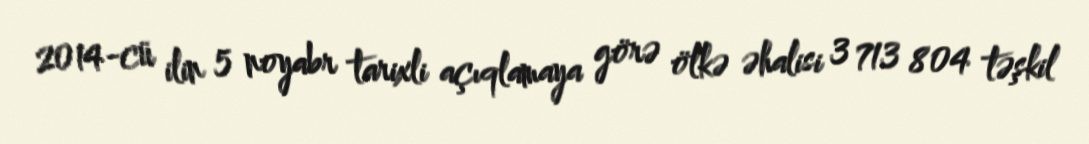
2014-cü ilin 5 noyabr tarixli açıqlamaya görə ölkə əhalisi 3 713 804 təşkil